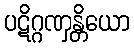
ပဋိဂ္ဂဏှန္တိယော